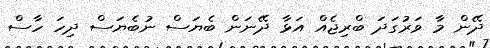
ދޭން މާ ވަރުގަދަ ބްރިޖެއް އަޅާ ދޭނަން ބެޔަސް ނުބެޔަސް ދިހަ ހާސް